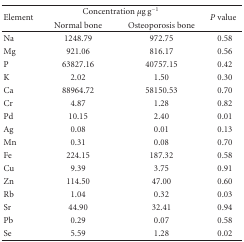
| <ROWSPAN=2> Element | <COLSPAN=2> Concentration μg g−1 | <ROWSPAN=2> P value |
 | Normal bone | Osteoporosis bone |
 | --- | --- | --- | --- |
 | Na | 1248.79 | 972.75 | 0.58 |
 | Mg | 921.06 | 816.17 | 0.56 |
 | P | 63827.16 | 40757.15 | 0.42 |
 | K | 2.02 | 1.50 | 0.30 |
 | Ca | 88964.72 | 58150.53 | 0.70 |
 | Cr | 4.87 | 1.28 | 0.82 |
 | Pd | 10.15 | 2.40 | 0.01 |
 | Ag | 0.08 | 0.01 | 0.13 |
 | Mn | 0.31 | 0.08 | 0.70 |
 | Fe | 224.15 | 187.32 | 0.58 |
 | Cu | 9.39 | 3.75 | 0.91 |
 | Zn | 114.50 | 47.00 | 0.60 |
 | Rb | 1.04 | 0.32 | 0.03 |
 | Sr | 44.90 | 32.41 | 0.94 |
 | Pb | 0.29 | 0.07 | 0.58 |
 | Se | 5.59 | 1.28 | 0.02 |